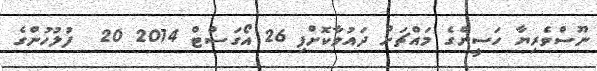
ނޫސްވެރިޔާ ހަސީންގެ މައްޗަށް ދައުވާކޮށްފި 26 އޯގަސްޓް 2014 20  ފުލުހުންގެ